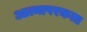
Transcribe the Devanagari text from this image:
आत्मापरकता